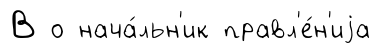
В о нача́льн'ик правл'е́н'иjа